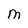
Character: m